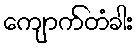
ကျောက်တံခါး